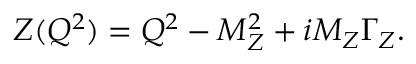
Z ( Q ^ { 2 } ) = Q ^ { 2 } - M _ { Z } ^ { 2 } + i M _ { Z } \Gamma _ { Z } .